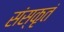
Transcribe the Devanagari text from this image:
संस्कृतं